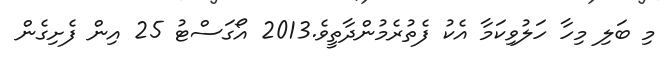
މި ބަލި މިހާ ހަލުވިކަމާ އެކު ފެތުރެމުންދާތީވެ.2013 އޯގަސްޓު 25 އިން ފެށިގެން